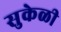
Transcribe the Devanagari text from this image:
सुकेळी